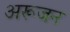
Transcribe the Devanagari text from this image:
अरूजन